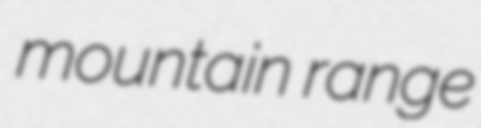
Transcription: mountain range